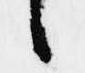
々